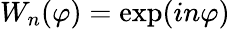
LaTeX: W_{n}(\varphi)=\exp(in\varphi)